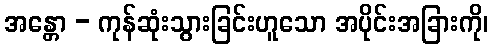
အန္တော - ကုန်ဆုံးသွားခြင်းဟူသော အပိုင်းအခြားကို၊